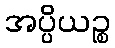
အပ္ပိယဉ္စ